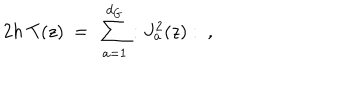
2 h \ T ( z ) \ = \ \sum _ { a = 1 } ^ { d _ { G } } : J _ { a } ^ { 2 } ( z ) : \ ,